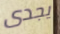
يجدى